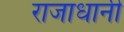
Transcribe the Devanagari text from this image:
राजाधानी